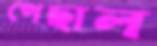
পেছাল